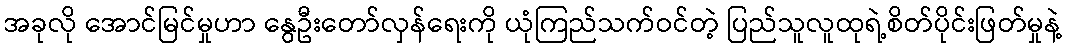
အခုလို အောင်မြင်မှုဟာ နွေဦးတော်လှန်ရေးကို ယုံကြည်သက်ဝင်တဲ့ ပြည်သူလူထုရဲ့စိတ်ပိုင်းဖြတ်မှုနဲ့